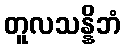
တူလသန္နိဘံ